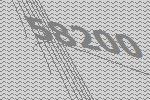
58200